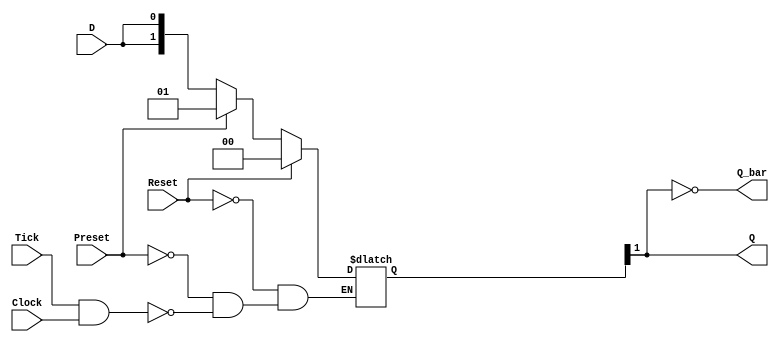
/******************************************************************************
 ** Logisim goes FPGA automatic generated Verilog code                       **
 **                                                                          **
 ** Component : D_Flip_Flop                                                  **
 **                                                                          **
 ******************************************************************************/

`timescale 1ns/1ps
module D_Flip_Flop( Clock,
                    D,
                    Preset,
                    Reset,
                    Tick,
                    Q,
                    Q_bar);

   /***************************************************************************
    ** Here all module parameters are defined with a dummy value             **
    ***************************************************************************/
   parameter ActiveLevel = 1;


   /***************************************************************************
    ** Here the inputs are defined                                           **
    ***************************************************************************/
   input  Clock;
   input  D;
   input  Preset;
   input  Reset;
   input  Tick;

   /***************************************************************************
    ** Here the outputs are defined                                          **
    ***************************************************************************/
   output Q;
   output Q_bar;

   /***************************************************************************
    ** Here the internal wires are defined                                   **
    ***************************************************************************/
   wire s_next_state;
   reg[1:0] s_current_state_reg;

   /***************************************************************************
    ** Here the ouput signals are defined                                    **
    ***************************************************************************/
   assign Q     = s_current_state_reg[ActiveLevel];
   assign Q_bar = ~(s_current_state_reg[ActiveLevel]);

   /***************************************************************************
    ** Here the update logic is defined                                      **
    ***************************************************************************/
   assign s_next_state = D;

   /***************************************************************************
    ** Here the initial register value is defined; for simulation only       **
    ***************************************************************************/
   initial
   begin
      s_current_state_reg = 0;
   end

   /***************************************************************************
    ** Here the actual state register is defined                             **
    ***************************************************************************/
   always @(*)
   begin
      if (Reset) s_current_state_reg <= 2'b0;
      else if (Preset) s_current_state_reg <= 2'b1;
      else if (Tick & (Clock == ActiveLevel)) s_current_state_reg <= {s_next_state,s_next_state};
   end


endmodule